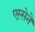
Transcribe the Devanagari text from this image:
एस्सेने